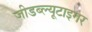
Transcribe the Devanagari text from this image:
जीडब्ल्यूटाइगर